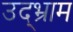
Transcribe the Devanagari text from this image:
उद्भ्राम